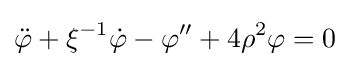
{\ddot {\varphi }}+\xi ^{-1}{\dot {\varphi }}-\varphi ^{\prime \prime }+4\rho ^{2}\varphi =0